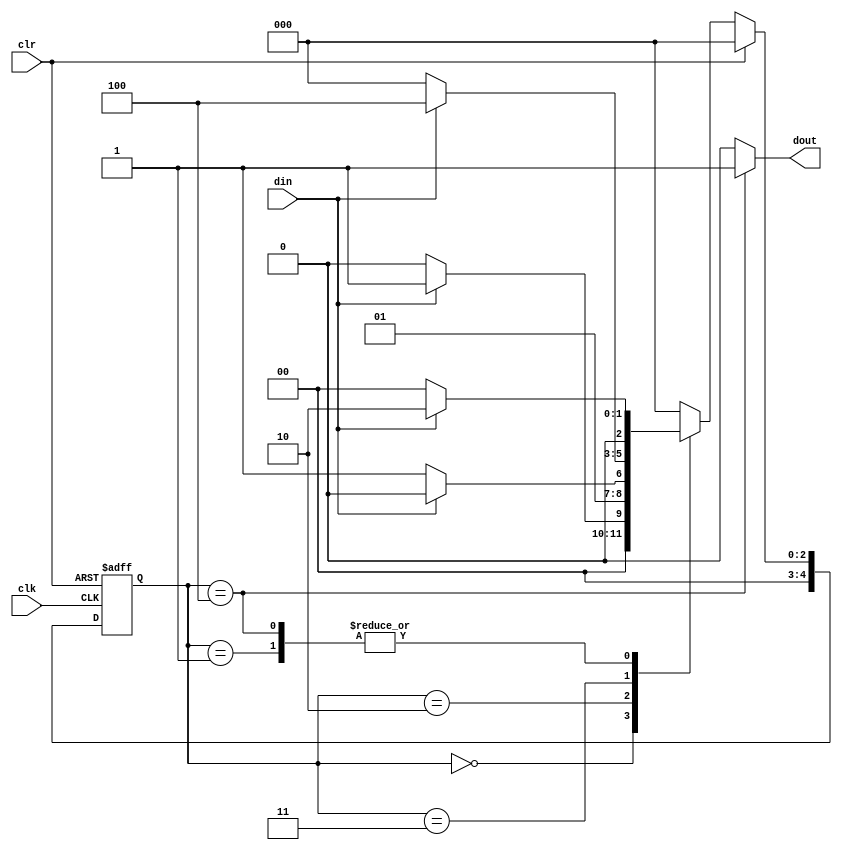
module moore_1101 (
    input clk,
    input clr,
    input din,
    output  reg dout
);
    parameter S0=0, S1=1, S2=2, S3=3, S4=4;
    reg[4:0] state;
    reg[4:0] nstate;
    
    always@(posedge clk or posedge clr) begin
        if(clr)
            state <= S0;
        else
            state <= nstate;
    end

    always@(*) begin
        if(clr)
            nstate <= S0;
        else
            case(state)
                S0     : nstate <= din? S1: S0;
                S1     : nstate <= din? S2: S0;
                S2     : nstate <= din? S2: S3;
                S3     : nstate <= din? S4: S0;
                S4     : nstate <= din? S2: S0;
                default: nstate <= S0;
            endcase
    end

    assign dout = (state ==S4) ? 1 : 0;

endmodule